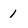
Character: 1